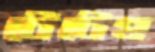
টেটেহ